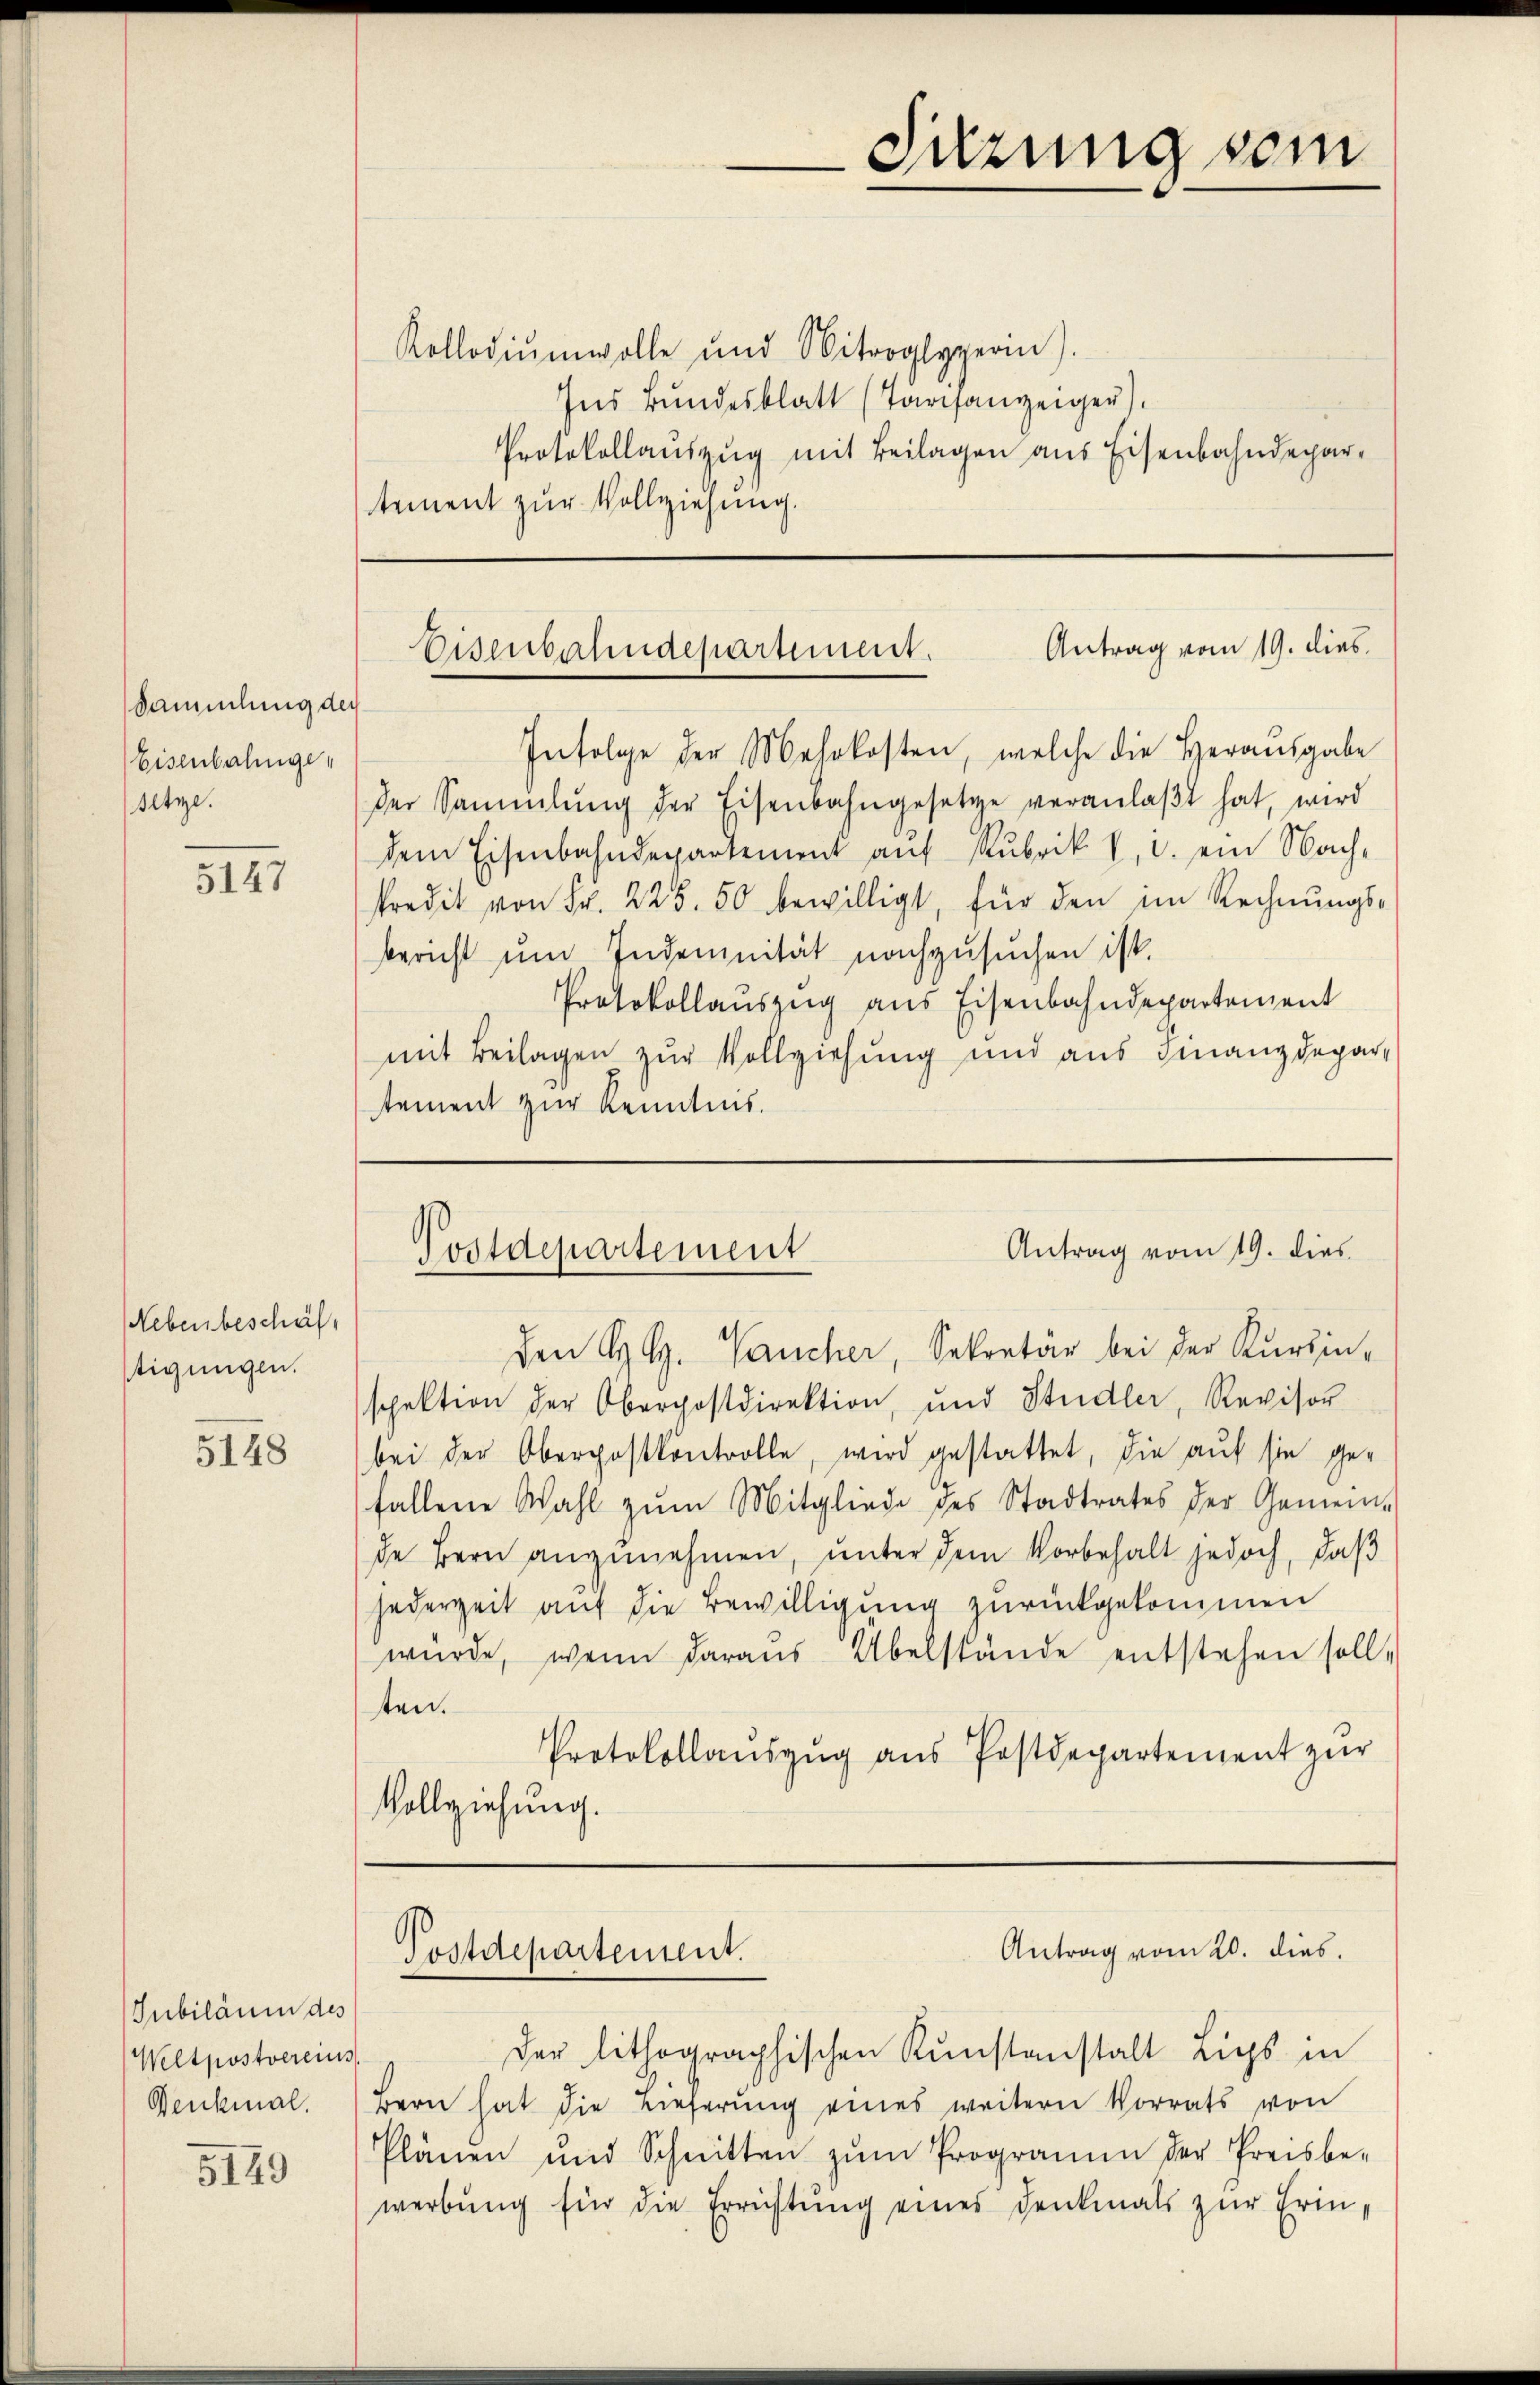
Sammlung der
Eisenbahnge¬
Altze.

5147

Nebenbeschäf
tigungen.

5148

Jubiläum des
Weltpostvereins
Denkmal.

5149

Kollodiŭmwolle und Mitroglyperin).
Ins Bundesblatt (Tarifanzeiger),
Protokollauszug mit Beilagen aus Eisenbahndepartement zur Vollziehung.

Infolge der Mehrkosten, welche die Herausgabe
der Sammlung der Eisenbahngesetze veranlaβt hat, wird
dem Eisenbahndepartement aŭf Rubrik V. d. ein Nach¬
Predit von Fr. 225. 50 bewilligt, für den im Rechnŭngs-
bericht ŭm Indemnität nachzusuchen ist.
Protokollaŭszŭg aŭs Eisenbahndepartement
mit Beilagen zur Vollziehung und aus Finanzdepar-
stement zur Kenntnis.

Den H. H. Vaucher, Sekretär bei der Kurzinspektion der Oberpostdirektion, und Studler, Revisor
bei der Oberpostkontrolle, wird gestattet, die auf sie gefallene Wahl zŭm Mitgliede des Stadtrates der Gemein-
de Bern anzunehmen, unter dem Vorbehalt jedoch, daß
jederzeit auf die Bewilligung zurückgekommen
würde, wenn daraus Übelstände entstehen soll,
ten.
Protokollaŭszŭg aŭs Postdepartement zŭr
Vollziehung.

Suzung sein

Antrag vom 19. dies
Eisenbahndepartement.

Antrag vom 19. dies
Postdepartement

Antrag vom 20. dies.
Postdepartement.

Der lithographischen Kunstanstalt Lips in
Bern hat die Lieferŭng eines weitern Vorrats von
Plänen und Schnitten zŭm Programm der Preisbe-
werbŭng für die Errichtŭng eines Denkmals zŭr Erin-